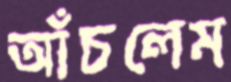
আঁচলেম